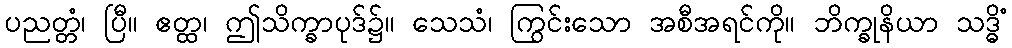
ပညတ္တံ၊ ပြီ။ ဧတ္ထ၊ ဤသိက္ခာပုဒ်၌။ သေသံ၊ ကြွင်းသော အစီအရင်ကို။ ဘိက္ခုနိယာ သဒ္ဓိံ